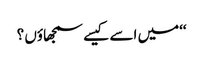
‘‘میں اسے کیسے سمجھاؤں ؟